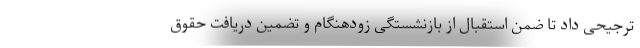
ترجیحی داد تا ضمن استقبال از بازنشستگی زودهنگام و تضمین دریافت حقوق